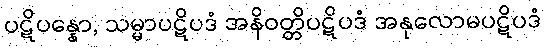
ပဋိပန္နော, သမ္မာပဋိပဒံ အနိဝတ္တိပဋိပဒံ အနုလောမပဋိပဒံ